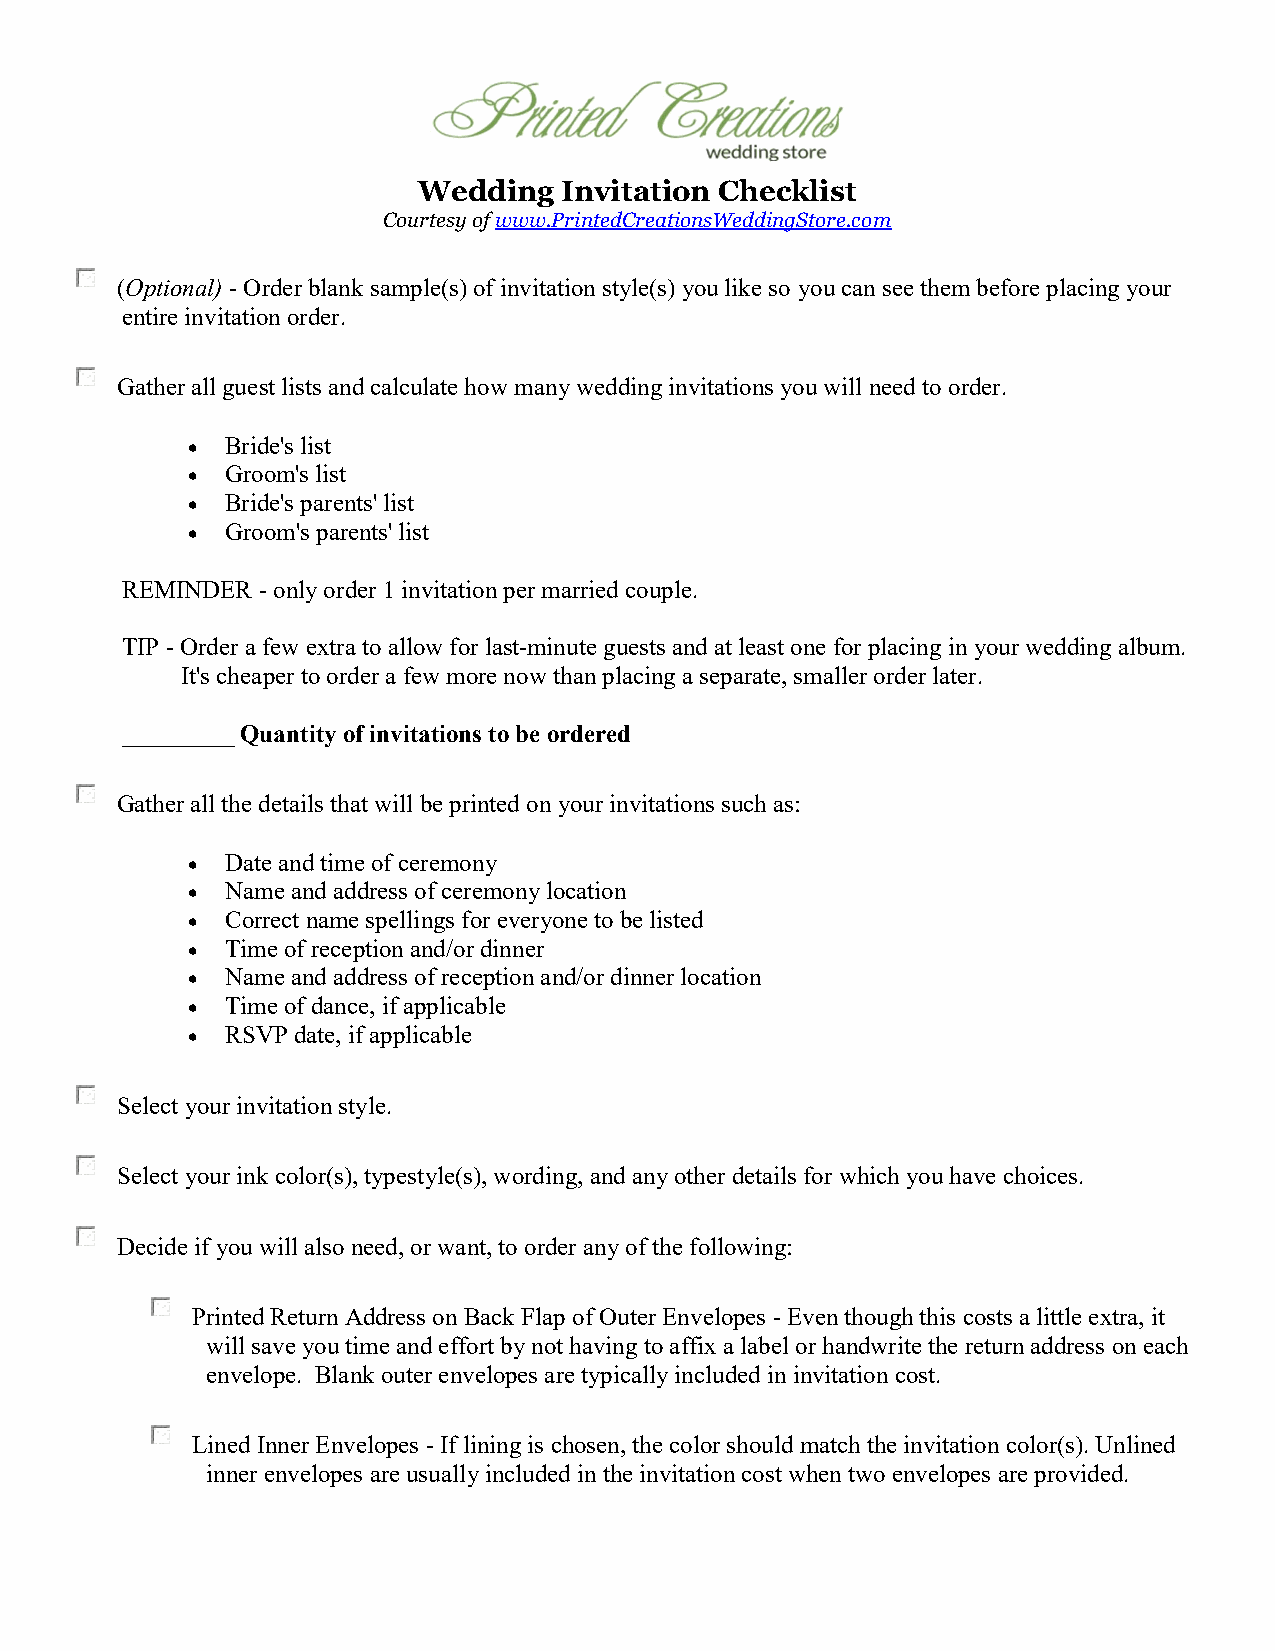
Wedding  Invitation Checklist
 Courtesy of www.PrintedCreationsWeddingStore.com
 (Optional) - Order blank sample(s) of invitation style(s) you like so you can see them before placing your
 entire invitation order.
 Gather all guest lists and calculate how many wedding invitations you will need to order.
   Bride's list
   Groom's list
   Bride's parents' list
   Groom's parents' list
 REMINDER - only order 1 invitation per married couple.
 TIP - Order a few extra to allow for last-minute guests and at least one for placing in your wedding album.
 It's cheaper to order a few more now than placing a separate, smaller order later.
 _________ Quantity of invitations to be ordered
 Gather all the details that will be printed on your invitations such as:
   Date and time of ceremony
   Name and address of ceremony location
   Correct name spellings for everyone to be listed
   Time of reception and/or dinner
   Name and address of reception and/or dinner location
   Time of dance, if applicable
   RSVP date, if applicable
 Select your invitation style.
 Select your ink color(s), typestyle(s), wording, and any other details for which you have choices.
 Decide if you will also need, or want, to order any of the following:
 Printed Return Address on Back Flap of Outer Envelopes - Even though this costs a little extra, it
 will save you time and effort by not having to affix a label or handwrite the return address on each
 envelope. Blank outer envelopes are typically included in invitation cost.
 Lined Inner Envelopes - If lining is chosen, the color should match the invitation color(s). Unlined
 inner envelopes are usually included in the invitation cost when two envelopes are provided.